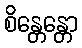
စိန္တေန္တော